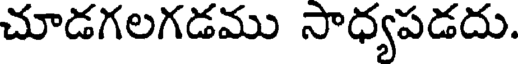
చూడగలగడము సాధ్యపడదు.